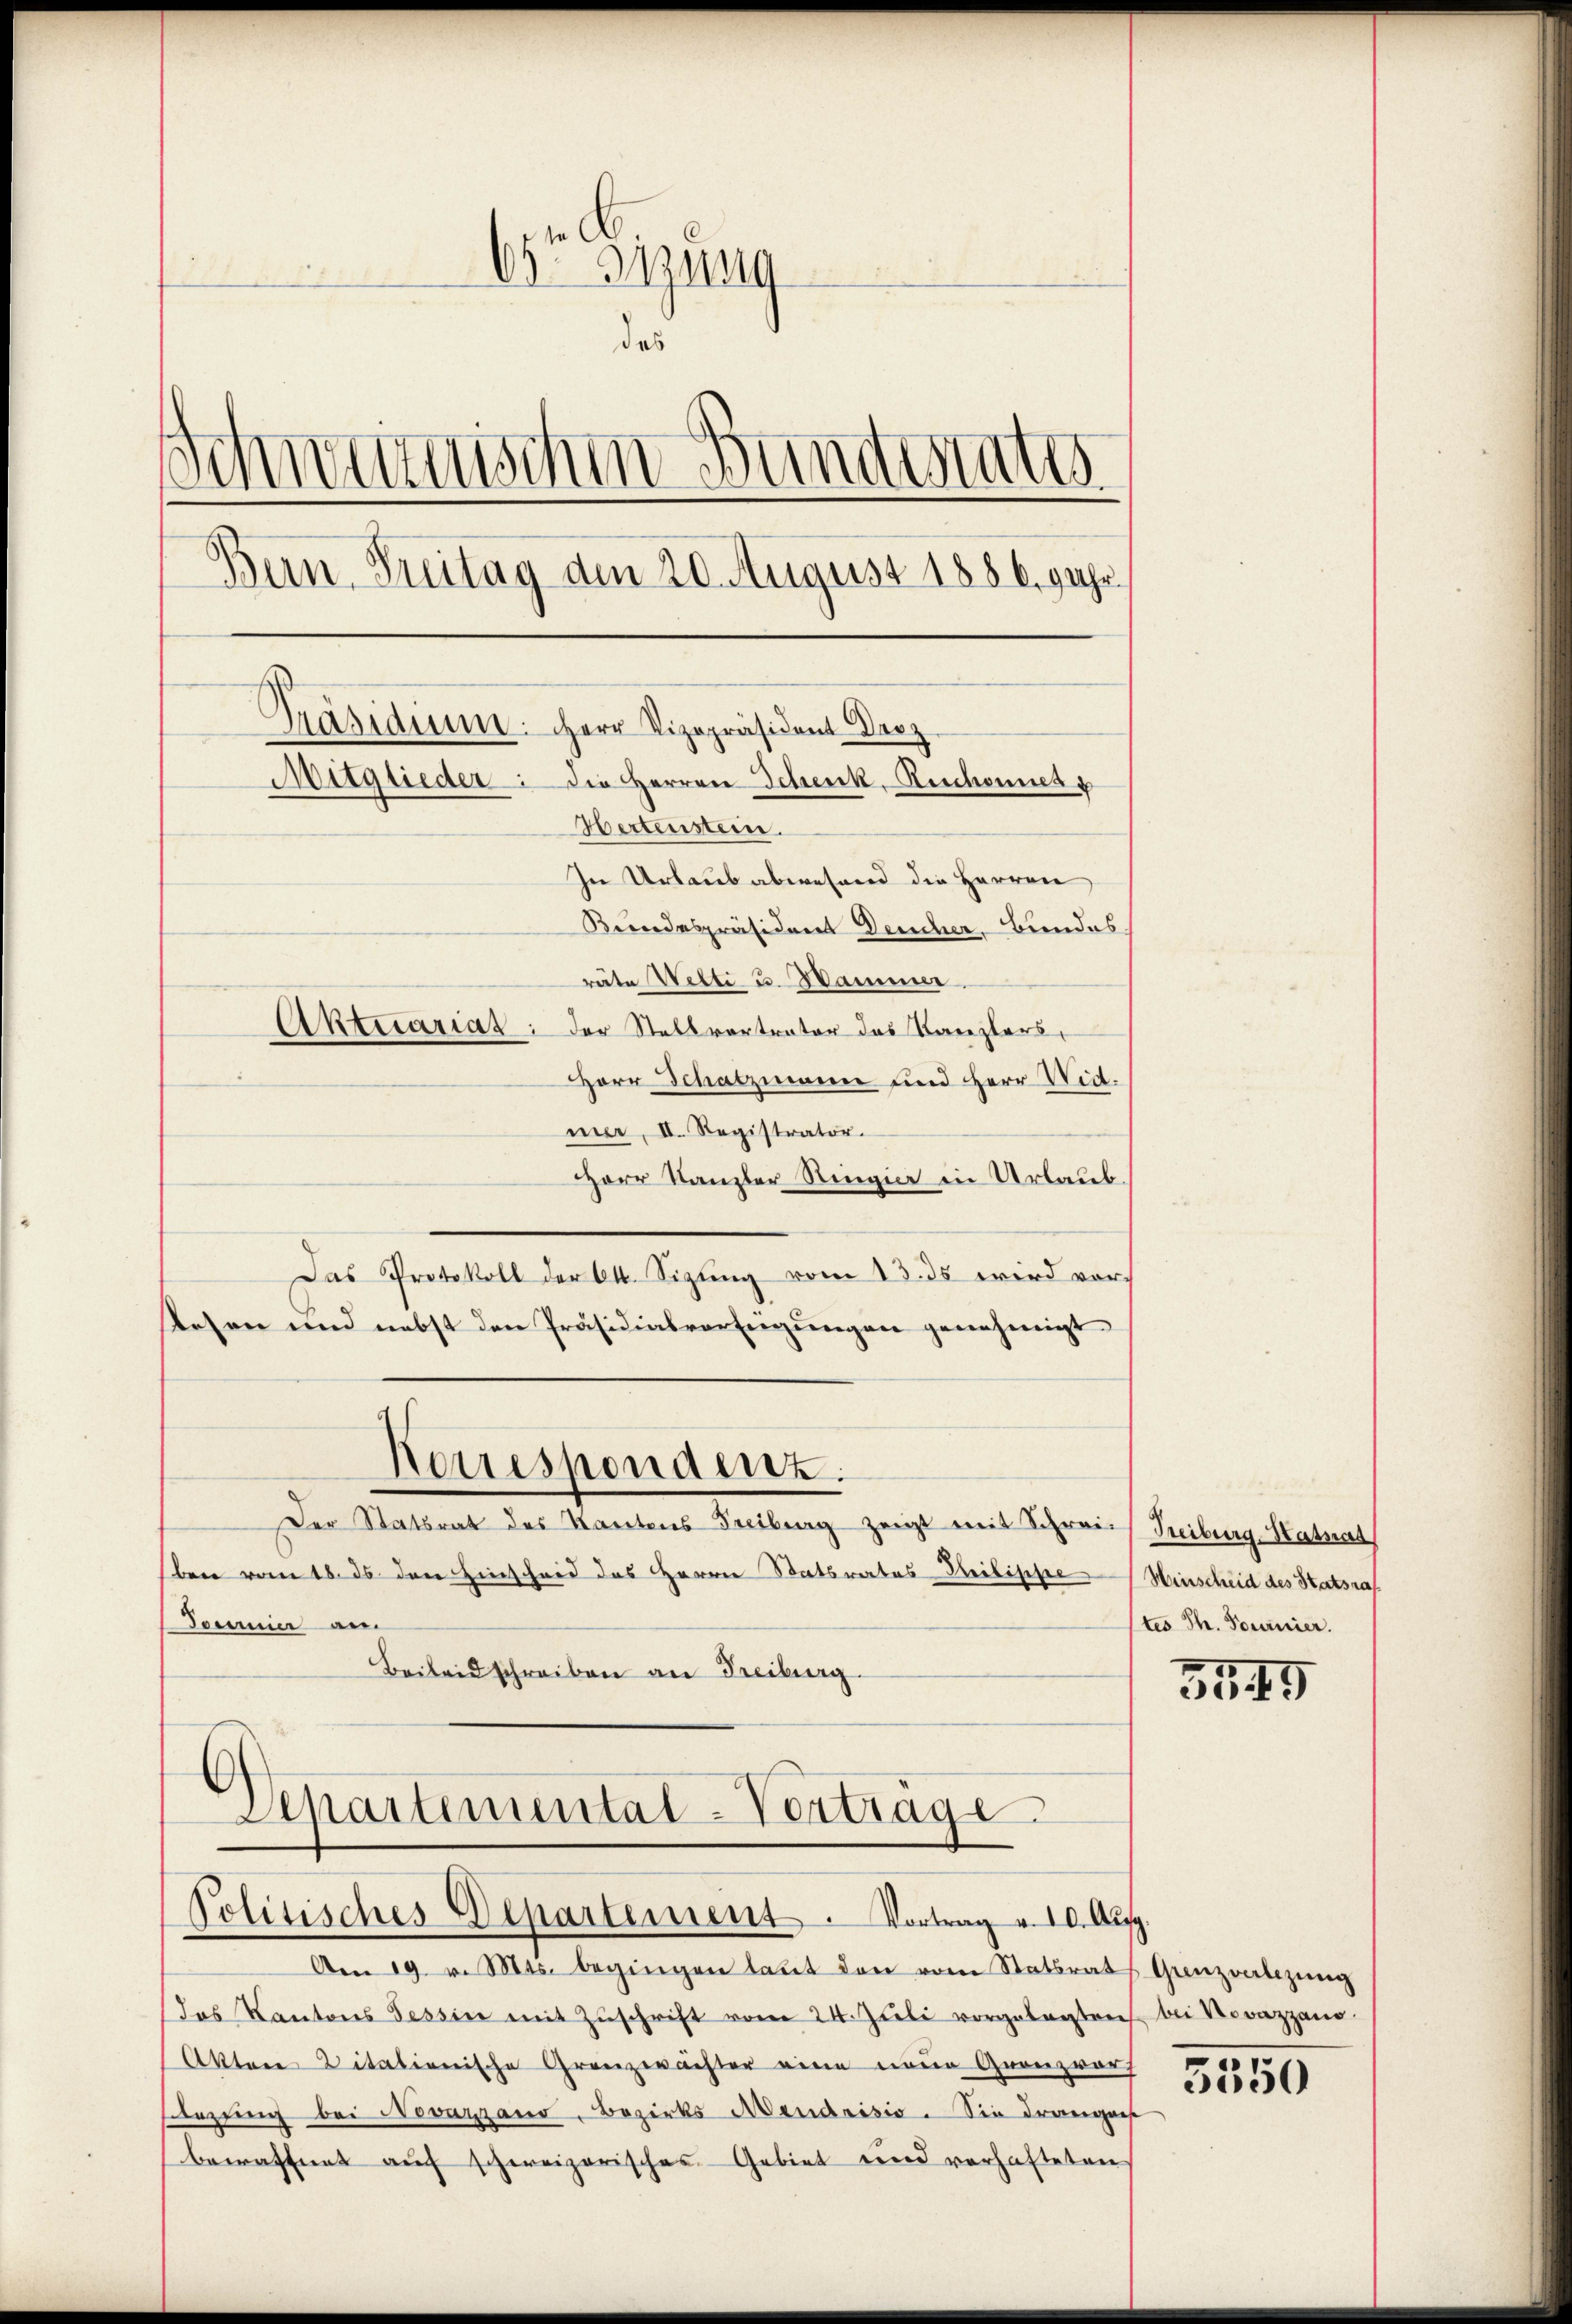
¬
¬
Sizung
das
Schwerenischen Bundestate
sein Treitag den 20. August 1886. 9 Uhr.
Präsidium. Herr Vizepräsident Droz
Mitglieder: die Herren Schenk, Rechannes
Hertenstein.
In Urlaub abwesend die Herren
Bundespräsident Deucher, Bindes
räte Welti u. Hammer.
Aktuariat: der Stellvertrater das Kanzlers,
Herr Schatzmann und Herr Wid.

mer, II. Registrator.
Herr Kanzler Ringia in Urlaub.
Das Protokoll der Okt. Sigung vom 13. ds wird vortesen und nebst den Präsidialvorsingungen genehmigt
Korrespondenz.
Der Statsrat des Kantons Freiberg zeigt mit Schreie Treiburg-Satsrat
ben vom 18. ds den Einscheid des Herrn Statsrates Philippe Hinscheid des Statsra
Demmin an.
Beileid schreiben an Freiburg

6
Departemental-Verträge
Politisches Departement. Vortrag u. 10. Aŭg.

Am 19. v. Mts. begingen laŭt den vom Statsrats Ganzverletzŭng
das Kantons Tessin mit Zŭschrift vom 24. Jŭli vorgelegten bei Kovazzano.
Akten vitationische Granzwächter eine neue Grenzvorh
Flegung bei Novazzano, Bezirks Mendrisio. Sie drangen
bewaffnet auf schweizerisches Gebiet und verhafteten

(tes Th. Tournier.

3549

5550